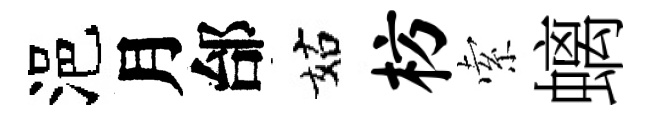
浥月邰姑枋索螭